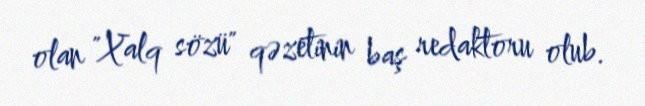
olan "Xalq sözü" qəzetinin baş redaktoru olub.